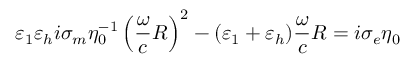
\varepsilon _ { 1 } \varepsilon _ { h } i \sigma _ { m } \eta _ { 0 } ^ { - 1 } \left( \frac { \omega } { c } R \right) ^ { 2 } - ( \varepsilon _ { 1 } + \varepsilon _ { h } ) \frac { \omega } { c } R = i \sigma _ { e } \eta _ { 0 }